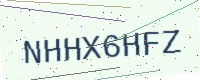
Text: NHHX6HFZ